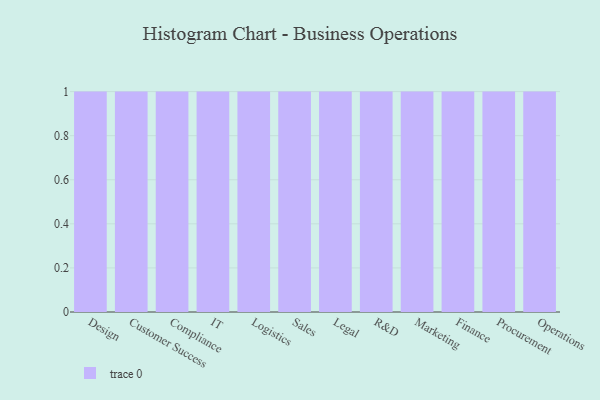
{"axis": {"x": "Department", "y": "Humidity (%)"}, "legend": [""], "data": [{"x": "Design", "y": 36, "type": ""}, {"x": "Customer Success", "y": 76, "type": ""}, {"x": "Compliance", "y": 33, "type": ""}, {"x": "IT", "y": 74, "type": ""}, {"x": "Logistics", "y": 2, "type": ""}, {"x": "Sales", "y": 84, "type": ""}, {"x": "Legal", "y": 83, "type": ""}, {"x": "R&D", "y": 87, "type": ""}, {"x": "Marketing", "y": 99, "type": ""}, {"x": "Finance", "y": 32, "type": ""}, {"x": "Procurement", "y": 37, "type": ""}, {"x": "Operations", "y": 27, "type": ""}]}